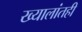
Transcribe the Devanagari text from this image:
ख्यालांतही